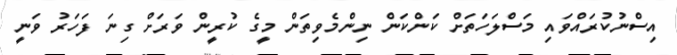
އިސްނުކުރައްވައި މަސްލަހަތަށް ކަންކަން ނިންމެވިތަން މީގެ ކުރީން ވަރަށް ގިނަ ފަހަރު ވަނީ